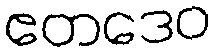
ဧတဒေဝ